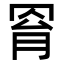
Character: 𦊰